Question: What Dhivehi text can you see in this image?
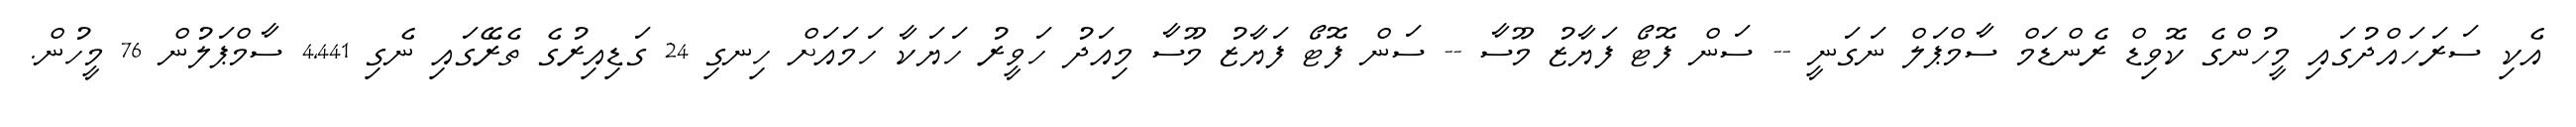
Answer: އެކި ސަރަހައްދުގައި މީހުންގެ ކޮވިޑް ރެންޑަމް ސާމްޕަލް ނަގަނީ -- ސަން ފޮޓޯ ފަޔާޒު މޫސާ -- ސަން ފޮޓޯ ފަޔާޒު މޫސާ މިއަދު ހަވީރު ހަޔަކާ ހަމައަށް ހިނގި 24 ގަޑިއިރުގެ ތެރޭގައި ނެގި 4,441 ސާމްޕަލުން 76 މީހުން.